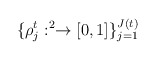
\begin{align*}\{\rho_j^t:\real^2\to [0,1]\}_{j=1}^{J(t)}\end{align*}